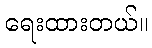
ရေးထားတယ်။